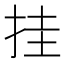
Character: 挂